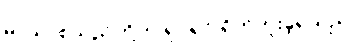
မာယာစသည်တို့ကို ရုပ်ရှင် ရိုက်ကူးခဲ့ရသည်။